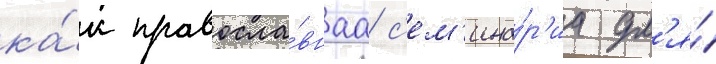
ка́к правосла́внаа с'ем'ина́р'иа дл'я́